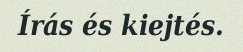
Írás és kiejtés.